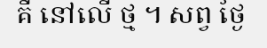
គឺ នៅលើ ថ្ម ។ សព្វ ថ្ងៃ